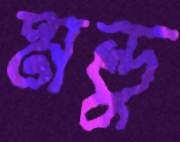
মন্ডু